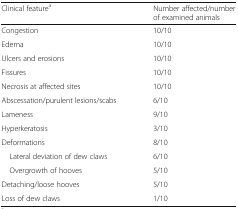
| Clinical featurea | Number affected/number of examined animals |
 | --- | --- |
 | Congestion | 10/10 |
 | Edema | 10/10 |
 | Ulcers and erosions | 10/10 |
 | Fissures | 10/10 |
 | Necrosis at affected sites | 10/10 |
 | Abscessation/purulent lesions/scabs | 6/10 |
 | Lameness | 9/10 |
 | Hyperkeratosis | 3/10 |
 | Deformations | 8/10 |
 | Lateral deviation of dew claws | 6/10 |
 | Overgrowth of hooves | 5/10 |
 | Detaching/loose hooves | 5/10 |
 | Loss of dew claws | 1/10 |